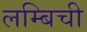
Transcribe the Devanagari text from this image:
लम्बिची